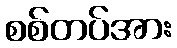
စစ်တပ်အား